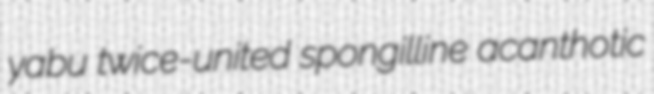
yabu twice-united spongilline acanthotic